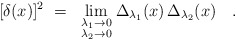
\begin{align*}[\delta(x)]^2 ~=~ \lim_{\scriptstyle\lambda_1\to 0 \atop\scriptstyle\lambda_2\to 0} \Delta_{\lambda_1}(x) \, \Delta_{\lambda_2}(x)\quad . \end{align*}